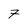
Character: 7